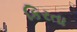
કિરતા